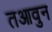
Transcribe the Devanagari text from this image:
तआवुन